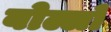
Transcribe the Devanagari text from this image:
बोल्लो